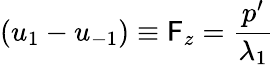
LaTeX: (u_{1}-u_{-1})\equiv\mathsf{F}_{z}=\frac{{p^{\prime}}}{{\lambda_{1}}}